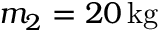
m _ { 2 } = 2 0 \, \mathrm { k g }